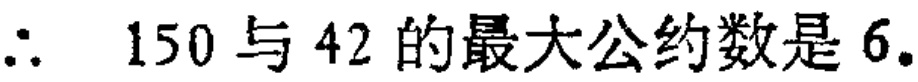
$\therefore\ 150\text{与}42\text{的最大公约数是}6.$